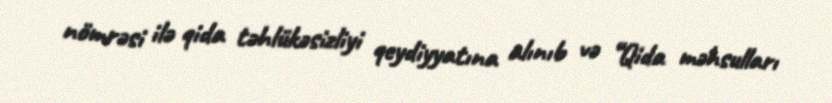
nömrəsi ilə qida təhlükəsizliyi qeydiyyatına alınıb və “Qida məhsulları